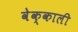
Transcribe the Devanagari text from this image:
वेक्काली